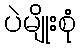
ပဲမျိုးစုံ